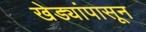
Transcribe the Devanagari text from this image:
खेड्यांपासून